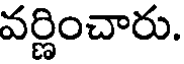
వర్ణించారు.